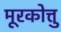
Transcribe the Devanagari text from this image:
मूरकोत्तु